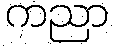
ကညာ